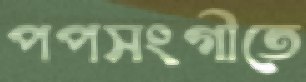
পপসংগীতে